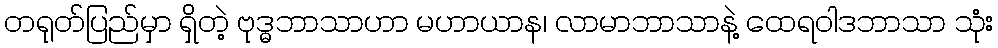
တရုတ်ပြည်မှာ ရှိတဲ့ ဗုဒ္ဓဘာသာဟာ မဟာယာန၊ လာမာဘာသာနဲ့ ထေရဝါဒဘာသာ သုံး